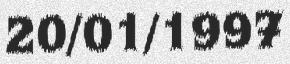
20/01/1997